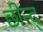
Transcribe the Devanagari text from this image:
छीन्द्